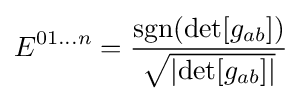
E^{01\dots n}={\frac {\operatorname {sgn} (\det[g_{ab}])}{\sqrt {\left|\det[g_{ab}]\right|}}}